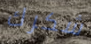
شكرك